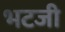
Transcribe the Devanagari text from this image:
भटजी